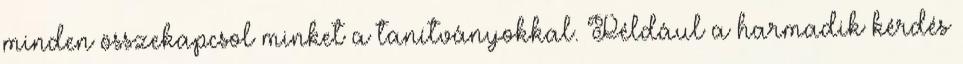
minden összekapcsol minket a tanítványokkal. Például a harmadik kérdés